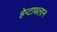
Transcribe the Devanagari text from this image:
हेप्टाथलान